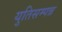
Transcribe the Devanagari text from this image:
युतिसम्पन्न